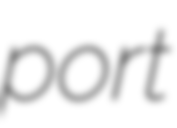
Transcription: port